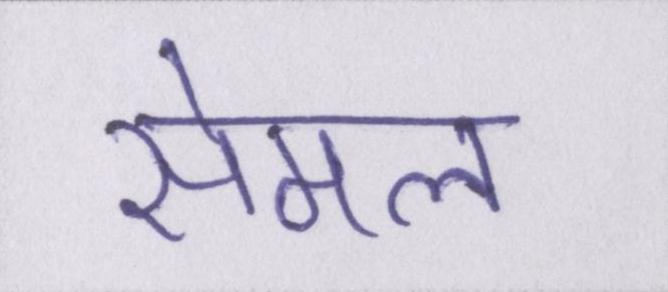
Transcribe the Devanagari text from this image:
सेमल